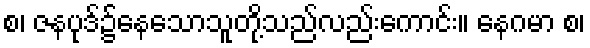
စ၊ ဇနပုဒ်၌နေသောသူတို့သည်လည်းကောင်း။ နေဂမာ စ၊